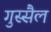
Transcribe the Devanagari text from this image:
गुस्सैल